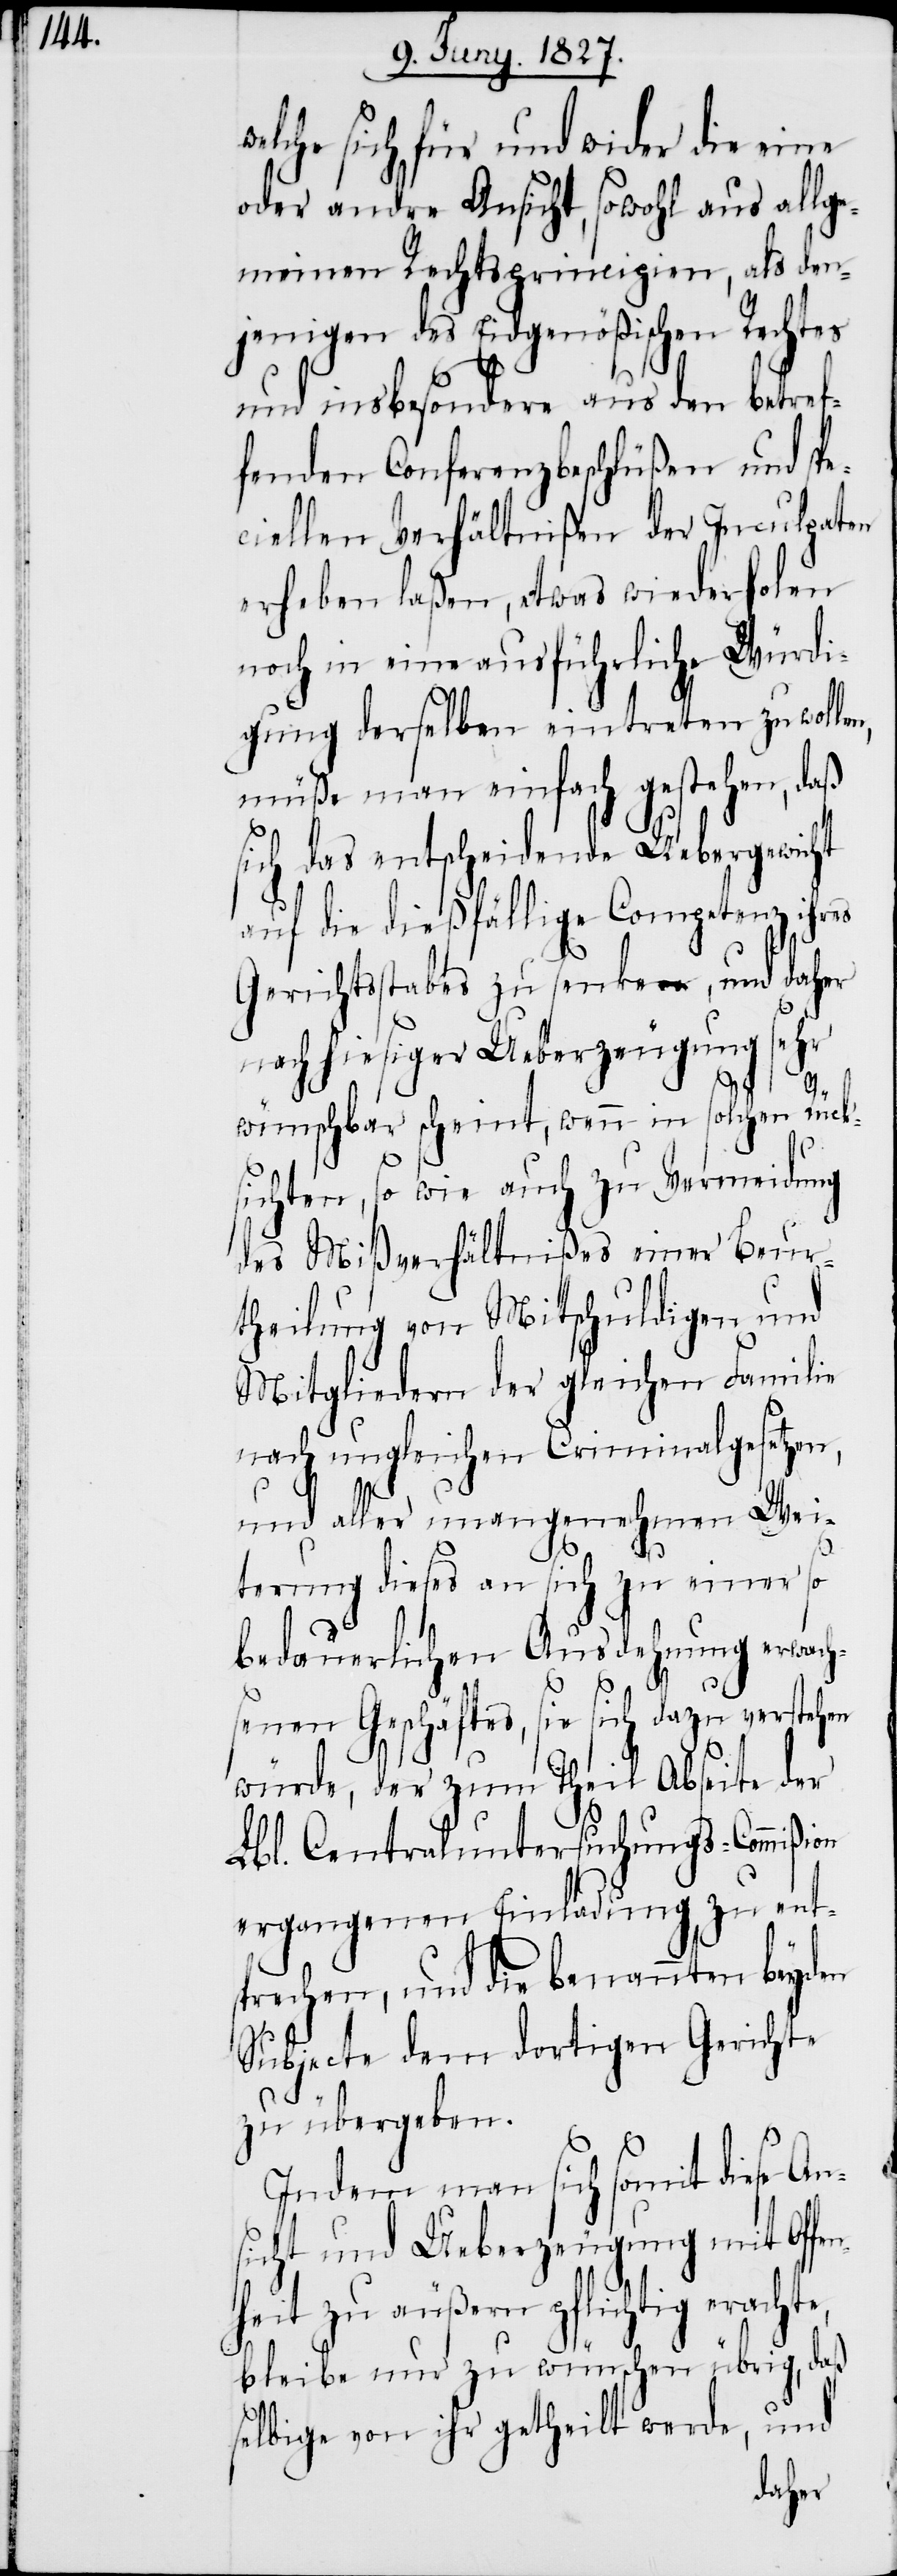
elche sich für und wider die eine
oder andre Ansicht, sowohl aus allge¬
meinen Rechtsprincipien, als den¬
jenigen des Eidgenößischen Rechtes
w¬
und insbesondere aus den betref¬
fenden Conferenzbeschlüßen und spe¬
ciellen Verhältnißen der Inculpaten
erheben laßen, etwas wiederholen
noch in eine ausführliche Würdi¬
gung derselben eintreten zu wolle¬
müße man einfach gestehen, daß
sich das entscheidende Uebergewicht
auf die dießfällige Competenz ihres
Gerichtsstabes zu senken, und daher
nach hiesiger Ueberzeugung sehr
e,
wünschbar scheint, wenn in solchen Rück¬
sichten, so wie auch zu Vermeidung
des Mißverhältnißes einer Beur¬
theilung von Mitschuldigen und
Mitgliedern der gleichen Familie
nach ungleichen Criminalgesetzen,
und aller unangenehmen Wei¬
terung dieses an sich zu einer so
bedauerlichen Ausdehnung erwac¬
hsenen Geschäftes, sie sich dazu verstehen
würde, der zum Theil Abseite der
Lbl. Centraluntersuchungs-Commißion
ergangenen Einladung zu ent¬
sprechen, und die benannten beyden
Subjecte dem dortigen Gerichte
zu übergeben.
Indem man sich somit diese An¬
sicht und Ueberzeugung mit Offe¬
nheit zu äußern pflichtig eracht¬
bleibe nur zu wünschen übrig, daß
selbige von ihr getheilt werde, und